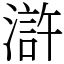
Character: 滸